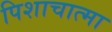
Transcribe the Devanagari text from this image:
पिशाचात्मा